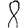
Digit: 8